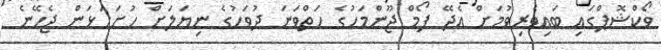
ވޯކްޝޮޕްގައި ބައިވެރިވުމަށް އެދޭ ފޯމް ޖޫންމަހުގެ ހަތްވަނަ ދުވަހުގެ ނިޔަލަށް ހުށަހަޅަން ޖެހޭނެ